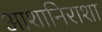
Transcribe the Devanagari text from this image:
आशानिराशा